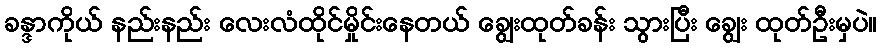
ခန္ဒာကိုယ် နည်းနည်း လေးလံထိုင်မှိုင်းနေတယ် ချွေးထုတ်ခန်း သွားပြီး ချွေး ထုတ်ဦးမှပဲ။